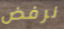
نرفض